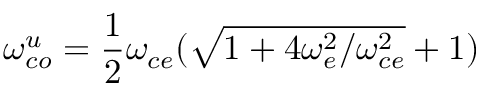
\omega _ { c o } ^ { u } = \frac { 1 } { 2 } \omega _ { c e } ( \sqrt { 1 + 4 \omega _ { e } ^ { 2 } / \omega _ { c e } ^ { 2 } } + 1 )